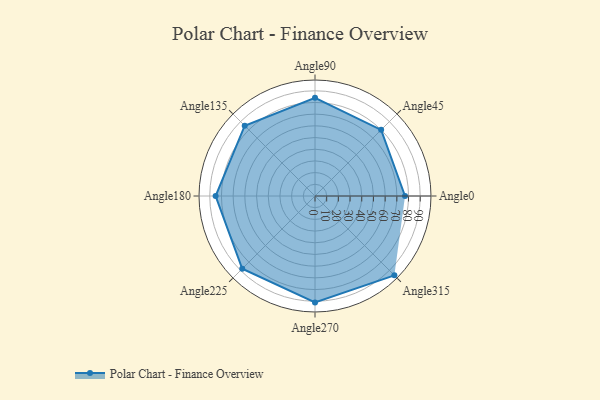
{"axis": {"x": "Angle", "y": "Radius"}, "legend": [""], "data": [{"x": "Angle0", "y": 77.0, "type": ""}, {"x": "Angle45", "y": 80.0, "type": ""}, {"x": "Angle90", "y": 84.0, "type": ""}, {"x": "Angle135", "y": 85.0, "type": ""}, {"x": "Angle180", "y": 85.0, "type": ""}, {"x": "Angle225", "y": 88.0, "type": ""}, {"x": "Angle270", "y": 91.0, "type": ""}, {"x": "Angle315", "y": 96.0, "type": ""}]}